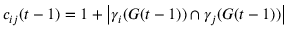
c _ { i j } ( t - 1 ) = 1 + \left| \gamma _ { i } ( G ( t - 1 ) ) \cap \gamma _ { j } ( G ( t - 1 ) ) \right|